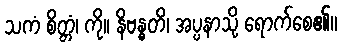
သကံ စိတ္တံ၊ ကို။ နိဗန္ဓတိ၊ အပ္ပနာသို့ ရောက်စေ၏။